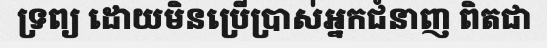
ទ្រព្យ ដោយមិនប្រើប្រាស់អ្នកជំនាញ ពិតជា